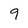
Character: 9